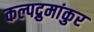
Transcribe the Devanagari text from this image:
कल्पद्रुमांकुर